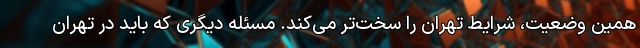
همین وضعیت، شرایط تهران را سخت‌تر می‌کند. مسئله دیگری که باید در تهران